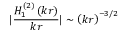
| \frac { H _ { 1 } ^ { ( 2 ) } \left( k r \right) } { k r } | \sim \left( k r \right) ^ { - 3 / 2 }